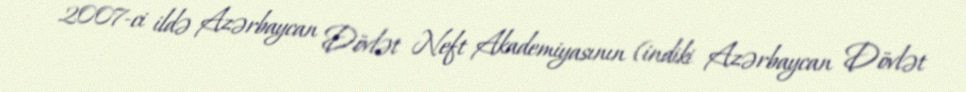
2007-ci ildə Azərbaycan Dövlət Neft Akademiyasının (indiki Azərbaycan Dövlət